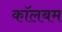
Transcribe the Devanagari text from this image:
कॉलबम